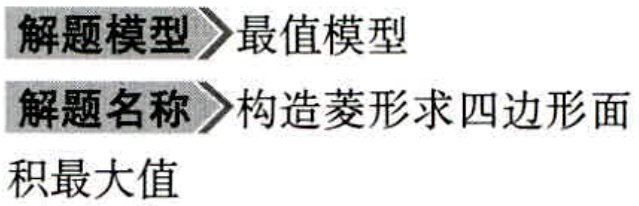
\begin{description}
\item[解题模型] 最值模型
\item[解题名称] 构造菱形求四边形面积最大值
\end{description}